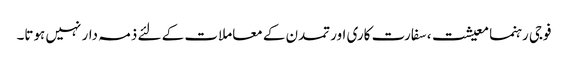
فوجی رہنما معیشت، سفارت کاری اور تمدن کے معاملات کے لئے ذمہ دار نہیں ہوتا۔